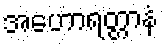
အဟောရတ္တာနံ